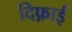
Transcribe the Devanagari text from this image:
दिफ़ाई